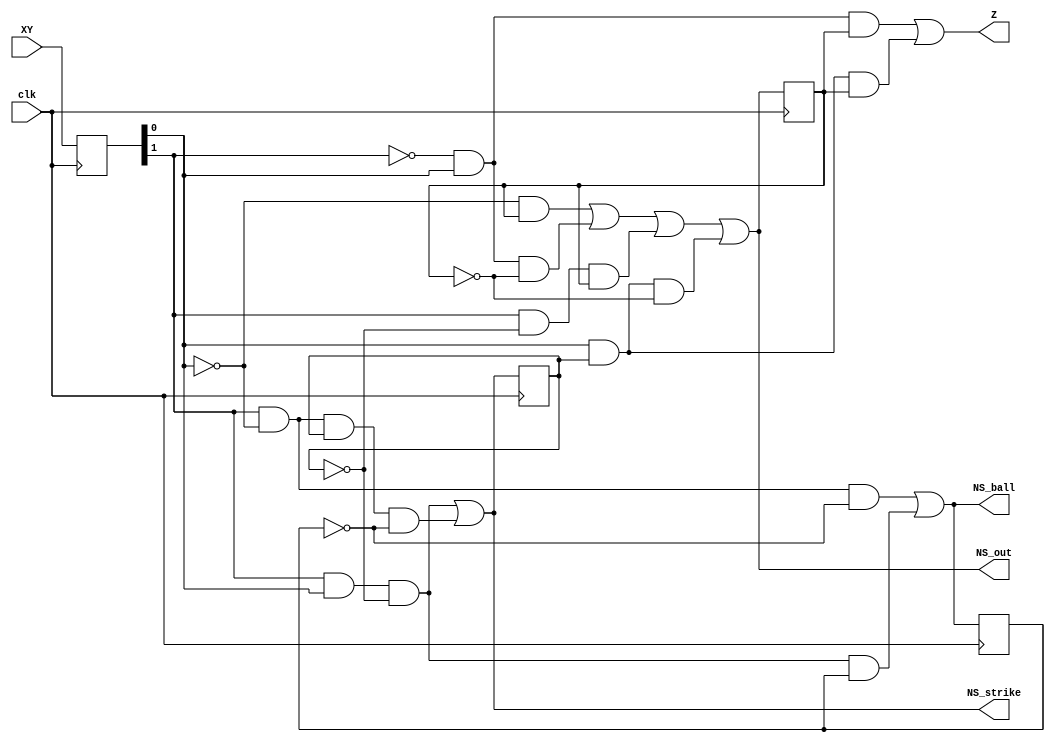
module sbg_g(
input clk,
input [2-1:0] XY,
output reg NS_strike,
output reg NS_ball,
output reg NS_out,
output reg Z );

// You must write verilog code in 'gate level'

/*
XY 00: Hit
XY 01: Out
XY 10: Ball
XY 11: Strike
*/

/* Register declare */

reg PS_strike;
reg PS_ball;
reg PS_out;
reg [2-1:0] XY_reg;

/* Wire declare */

wire NS_strike_wire;
wire NS_ball_wire;
wire NS_out_wire;
wire Z_wire;

/* You can declare additional reg, wires */

/* Complement */
wire PS_strike_not;	// S'
wire PS_ball_not; 	// B'
wire PS_out_not; 	// O'
wire X_not; 		// X'
wire Y_not; 		// Y'

/* S(NS) */
wire strike_and_Sn; 			//XYS'
wire ball_and_S_and_Bn; 		//XY'SB'

/* B(NS) */
wire ball_and_Bn; 				//XY'B'
wire strike_and_Sn_and_B; 		//XYS'B

/* O(NS) */
wire hit_or_ball_and_O; 		//Y'O
wire out_and_On; 				//X'YO'
wire ball_or_strike_and_O; 		//XS'O
wire out_or_strike_and_S_and_On;//YSO'

/* Z */
wire out_and_O;					//X'YO
wire out_or_strike_and_S_and_O; //YSO

/* Sequential circuit */

always @ (posedge clk) begin

	PS_strike <= NS_strike;
	PS_ball <= NS_ball;
	PS_out <= NS_out;
	XY_reg <= XY;
	
end

/* Combinational circuit */

always @ (*) begin
	/* Very Important! */
	// Do NOT modify this part
	// Use NS_strike_wire, NS_ball_wire, NS_out_wire, and Z_wire as gate output!
	// Do NOT use NS_strike, NS_ball, NS_out, Z as gate output!
	NS_strike = NS_strike_wire;
	NS_ball = NS_ball_wire;
	NS_out = NS_out_wire;
	Z = Z_wire;

end

/* Complement */
not not1( PS_strike_not, PS_strike );
not not1( PS_ball_not, PS_ball);
not not1( PS_out_not, PS_out);
not notl( X_not, XY_reg[1]);
not notl( Y_not, XY_reg[0]);

/* S(NS) = XYS' + XY'SB' */
and and1( strike_and_Sn, XY_reg[1], XY_reg[0], PS_strike_not );
and and1( ball_and_S_and_Bn , XY_reg[1], Y_not, PS_strike, PS_ball_not);
or or1( NS_strike_wire, strike_and_Sn, ball_and_S_and_Bn);

/* B(NS) = XY'B' + XYS'B */
and and1( ball_and_Bn, XY_reg[1], Y_not, PS_ball_not);
and and1( strike_and_Sn_and_B , XY_reg[1], XY_reg[0], PS_strike_not, PS_ball);
or or1( NS_ball_wire, ball_and_Bn, strike_and_Sn_and_B);

/* O(NS) = Y'O + X'YO' + XS'O + YSO' */
and and1( hit_or_ball_and_O, Y_not, PS_out);
and and1( out_and_On, X_not, XY_reg[0], PS_out_not);
and and1( ball_or_strike_and_O, XY_reg[1], PS_strike_not, PS_out);
and and1( out_or_strike_and_S_and_On, XY_reg[0], PS_strike, PS_out_not);
or or1( NS_out_wire, hit_or_ball_and_O, out_and_On, ball_or_strike_and_O, out_or_strike_and_S_and_On);

/* Z = X'YO + YSO */
and and1( out_and_O, X_not, XY_reg[0], PS_out);
and and1( out_or_strike_and_S_and_O, XY_reg[0], PS_strike, PS_out);
or or1( Z_wire, out_and_O, out_or_strike_and_S_and_O);

endmodule